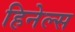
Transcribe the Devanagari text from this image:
हिनेल्स